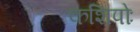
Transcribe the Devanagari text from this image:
कशिपोः